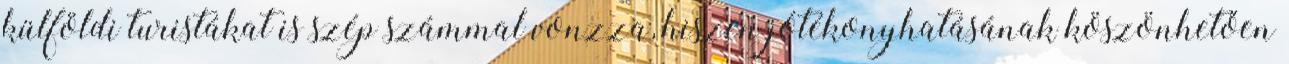
külföldi turistákat is szép számmal vonzza, hiszen jótékonyhatásának köszönhetően